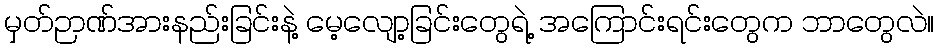
မှတ်ဉာဏ်အားနည်းခြင်းနဲ့ မေ့လျော့ခြင်းတွေရဲ့ အကြောင်းရင်းတွေက ဘာတွေလဲ။